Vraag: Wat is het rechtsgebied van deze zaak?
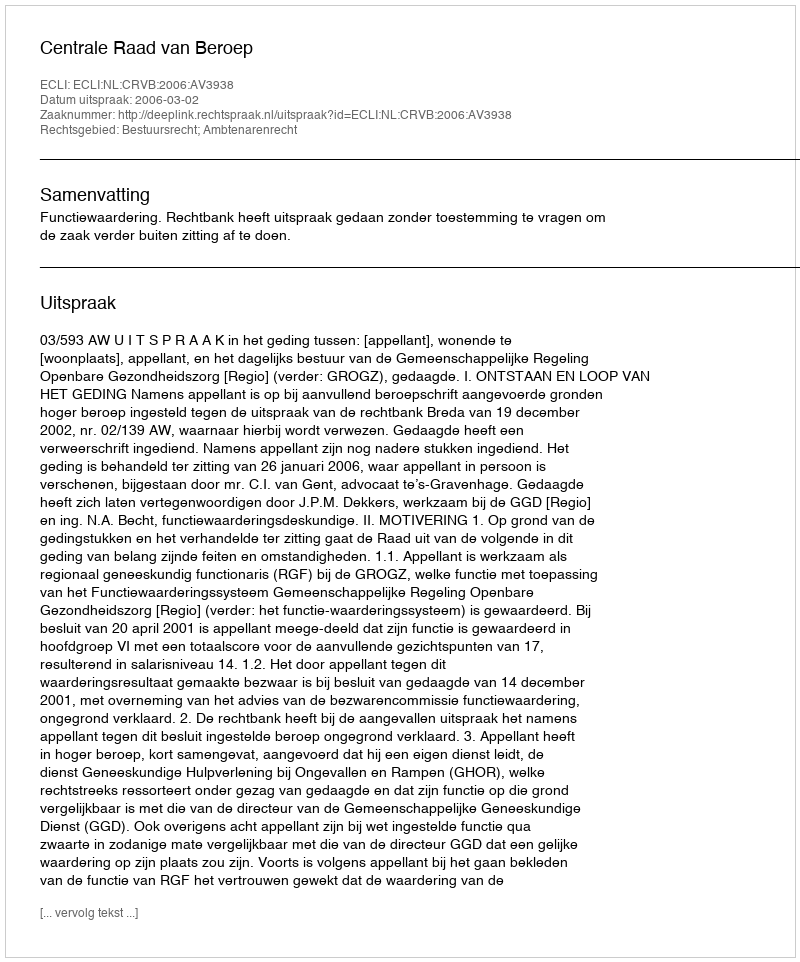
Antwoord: Bestuursrecht; Ambtenarenrecht